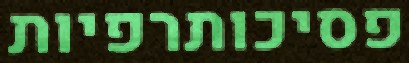
פסיכותרפיות